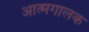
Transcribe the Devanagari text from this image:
आत्मगालक